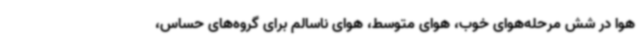
هوا در شش مرحله‌هوای خوب، هوای متوسط، هوای ناسالم برای گروه‌های حساس،